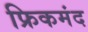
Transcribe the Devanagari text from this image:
फ्रिकमंद